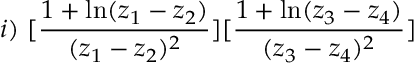
i ) \, \, [ \frac { 1 + \ln ( z _ { 1 } - z _ { 2 } ) } { ( z _ { 1 } - z _ { 2 } ) ^ { 2 } } ] [ \frac { 1 + \ln ( z _ { 3 } - z _ { 4 } ) } { ( z _ { 3 } - z _ { 4 } ) ^ { 2 } } ]